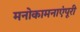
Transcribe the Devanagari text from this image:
मनोकामनाएंपूरी